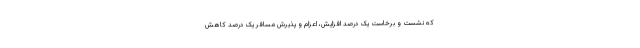
که نشست و برخاست یک درصد افزایش، اعزام و پذیرش مسافر یک درصد کاهش